Vaccination in Bombay 1856-1862 - 1856-1862
Year: 1856
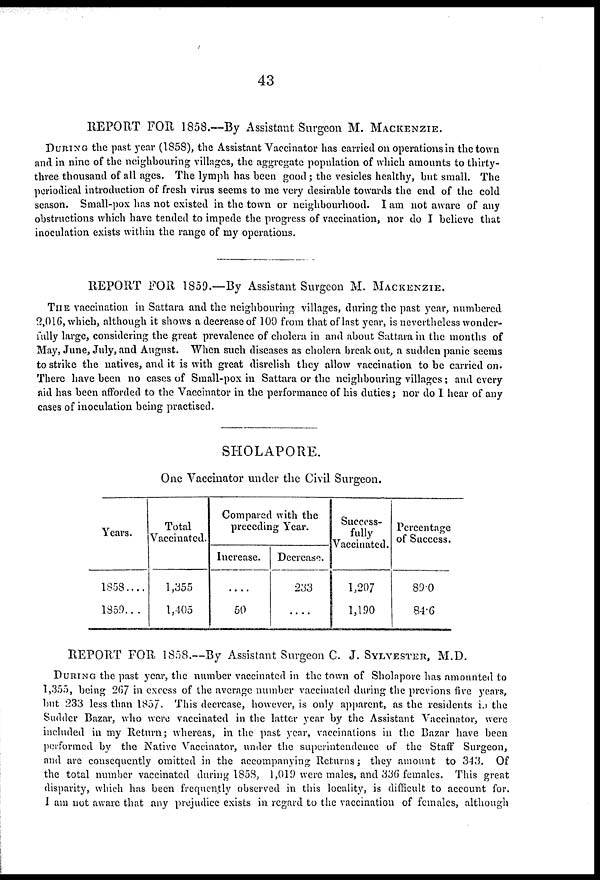
43
REPORT FOR 1858.—By Assistant Surgeon M. MACKENZIE.
DURING the past year (1S58), the Assistant Vaccinator has carried on operations in the town
and in nine of the neighbouring villages, the aggregate population of which amounts to thirty-
three thousand of all ages. The lymph has been good; the vesicles healthy, but small. The
periodical introduction of fresh virus seems to me very desirable towards the end of the cold
season. Small-pox has not existed in the town or neighbourhood. I am not aware of any
obstructions which have tended to impede the progress of vaccination, nor do I believe that
inoculation exists within the range of my operations.
REPORT FOR 1859.—By Assistant Surgeon M. MACKENZIE.
THE vaccination in Sattara and the neighbouring villages, during the past year, numbered
2,016, which, although it shows a decrease of 100 from that of last year, is nevertheless wonder-
fully large, considering the great prevalence of cholera in and about Sattara in the months of
May, June, July, and August. When such diseases as cholera break out, a sudden panic seems
to strike the natives, and it is with great disrelish they allow vaccination to be carried on.
There have been no cases of Small-pox in Sattara or the neighbouring villages; and every
aid has been afforded to the Vaccinator in the performance of his duties; nor do I hear of any
cases of inoculation being practised.
SHOLAPORE.
One Vaccinator under the Civil Surgeon.
Years.
1858....
1359....
Total
Vaccinated.
1,355
1,405
Compared with the
preceding Year.
Increase.
....
50
Decrease.
233
....
Success-
fully
Vaccinated.
1,207
1,190
Percentage
of Success.
89.0
84.6
REPORT FOR 1858.—By Assistant Surgeon C. J. SYLVESTER, M.D.
DURING the past year, the number vaccinated in the town of Sholapore has amounted to
1,355, being 267 in excess of the average number vaccinated during the previons five years,
but 233 less than 1857. This decrease, however, is only apparent, as the residents in the
Sudder Bazar, who were vaccinated in the latter year by the Assistant Vaccinator, were
included in my Return; whereas, in the past year, vaccinations in the Bazar have been
performed by the Native Vaccinator, under the superintendence of the Staff Surgeon,
and are consequently omitted in the accompanying Returns; they amount to 343. Of
the total number vaccinated during 1858, 1,019 were males, and 336 females. This great
disparity, which has been frequently observed in this locality, is difficult to account for.
I am not aware that any prejudice exists in regard to the vaccination of females, although